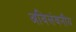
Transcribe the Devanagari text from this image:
अविलंबनीय